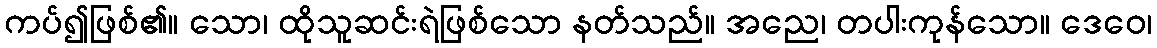
ကပ်၍ဖြစ်၏။ သော၊ ထိုသူဆင်းရဲဖြစ်သော နတ်သည်။ အညေ၊ တပါးကုန်သော။ ဒေဝေ၊